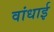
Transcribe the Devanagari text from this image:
वांधाई